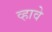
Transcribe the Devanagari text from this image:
व्‍हावे